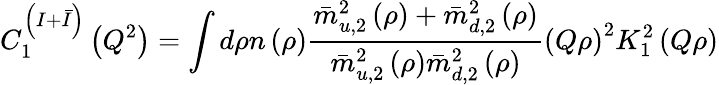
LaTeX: C_{1}^{\left(I+\bar{I}\right)}\left(Q^{2}\right)=\int d\rho n\left(\rho\right)\frac{\bar{m}_{u,2}^{2}\left(\rho\right)+\bar{m}_{d,2}^{2}\left(\rho\right)}{\bar{m}_{u,2}^{2}\left(\rho\right)\bar{m}_{d,2}^{2}\left(\rho\right)}\left(Q\rho\right)^{2}K_{1}^{2}\left(Q\rho\right)